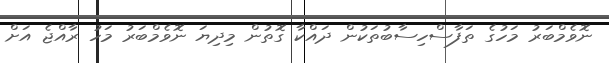
ނޮވެމްބަރު މަހުގެ ތަފާސްހިސާބުތަކުން ދައްކާ ގޮތުން މިދިޔަ ނޮވެމްބަރު މަހު ރާއްޖެ އަށް